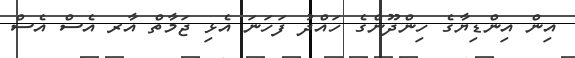
އިން އިންޑިޔާގެ ހިންދޫންގެ ހައްދު ފަހަނަ އެޅި ޖަމާތް އާރ އެސް އެސް